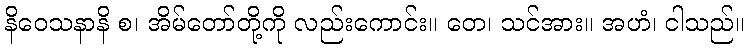
နိဝေသနာနိ စ၊ အိမ်တော်တို့ကို လည်းကောင်း။ တေ၊ သင်အား။ အဟံ၊ ငါသည်။